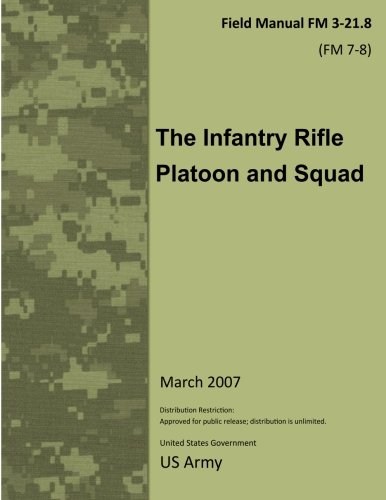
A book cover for Field Manual FM 3-21.8 (FM 7-8) The Infantry Rifle Platoon and Squad  March 2007; United States Government US Army; Test Preparation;